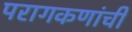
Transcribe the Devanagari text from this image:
परागकणांची